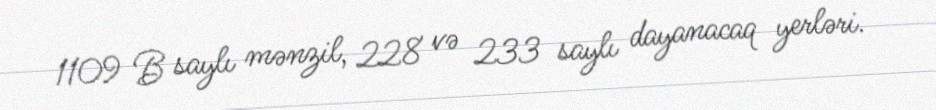
1109 B saylı mənzil, 228 və 233 saylı dayanacaq yerləri.